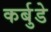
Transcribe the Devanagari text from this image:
कर्बुडे